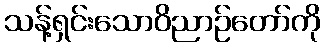
သန့်ရှင်းသောဝိညာဉ်တော်ကို